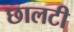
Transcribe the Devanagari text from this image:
छालटी